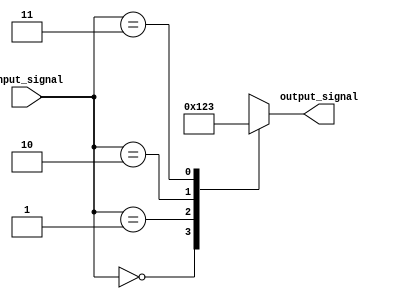
module simple_case_example (
    input wire [1:0] input_signal,
    output reg [3:0] output_signal
);

always @ (*)
begin
    case(input_signal)
        2'b00: output_signal = 4'b0000;
        2'b01: output_signal = 4'b0001;
        2'b10: output_signal = 4'b0010;
        2'b11: output_signal = 4'b0011;
        default: output_signal = 4'b1111;
    endcase
end

endmodule